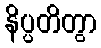
နိပ္ပတိတွာ